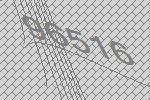
96516